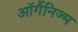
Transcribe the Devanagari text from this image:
ऑर्गैनिज्म